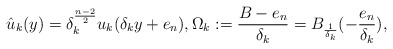
\begin{align*}\hat u_k(y)=\delta_k^\frac{n-2}{2}u_k(\delta_k y+e_n), {\Omega_k}:=\frac{{B}-e_n}{\delta_k}=B_{\frac{1}{\delta_k}}(-\frac{e_n}{\delta_k}), \end{align*}